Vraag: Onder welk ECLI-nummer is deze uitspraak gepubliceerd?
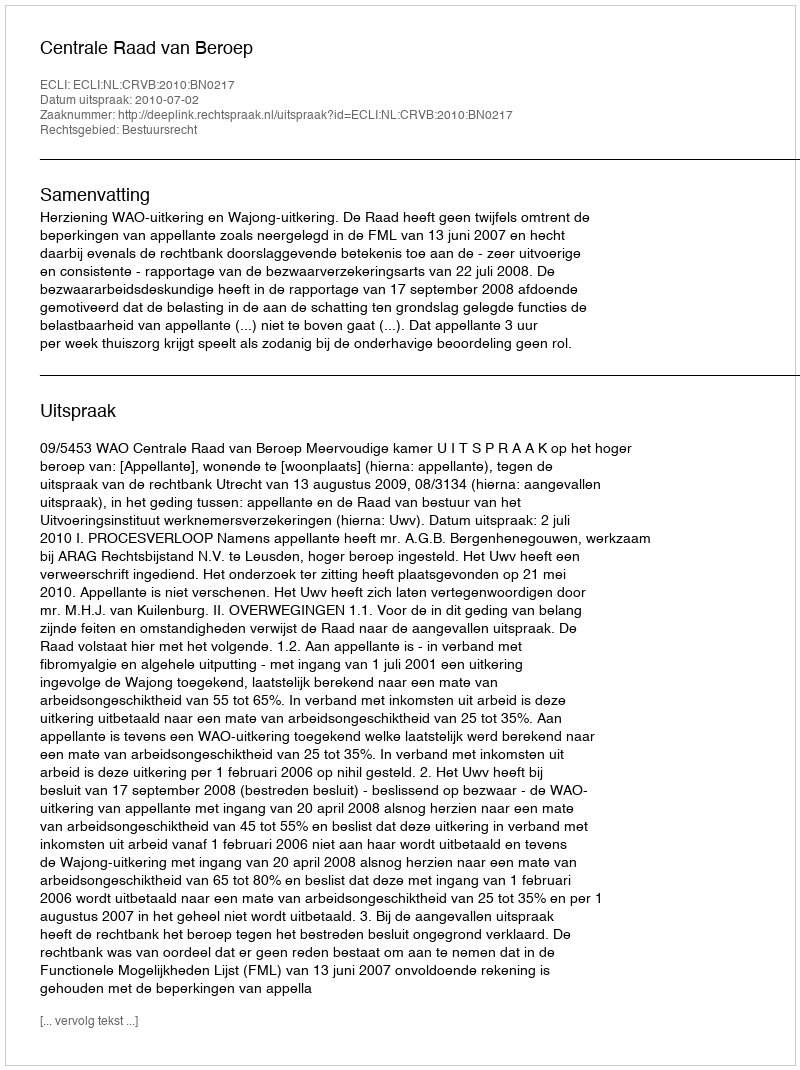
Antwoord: ECLI:NL:CRVB:2010:BN0217